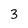
Character: 3